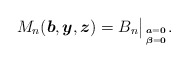
\begin{gather*}M_n({\boldsymbol{b}}, {\boldsymbol{y}},{\boldsymbol{z}})= B_n \big |_{{\boldsymbol{a}}={\bf 0} \atop {\boldsymbol{\beta}} = {\bf 0}}.\end{gather*}